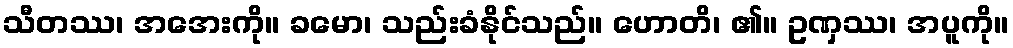
သီတဿ၊ အအေးကို။ ခမော၊ သည်းခံနိုင်သည်။ ဟောတိ၊ ၏။ ဥဏှဿ၊ အပူကို။